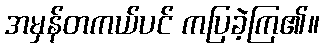
အမှန်တကယ်ပင် ကပြခဲ့ကြ၏။